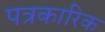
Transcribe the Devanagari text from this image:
पत्रकारिक